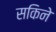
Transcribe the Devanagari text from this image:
सकिने